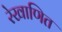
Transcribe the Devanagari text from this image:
रेखाणित